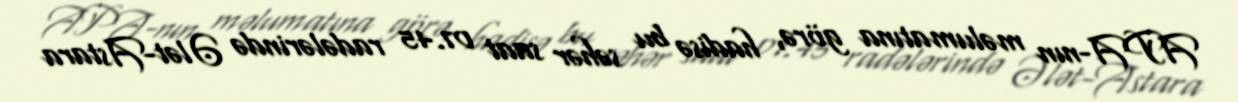
APA-nın məlumatına görə, hadisə bu səhər saat 07.45 radələrində Ələt-Astara